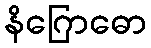
နိဂြောဓော